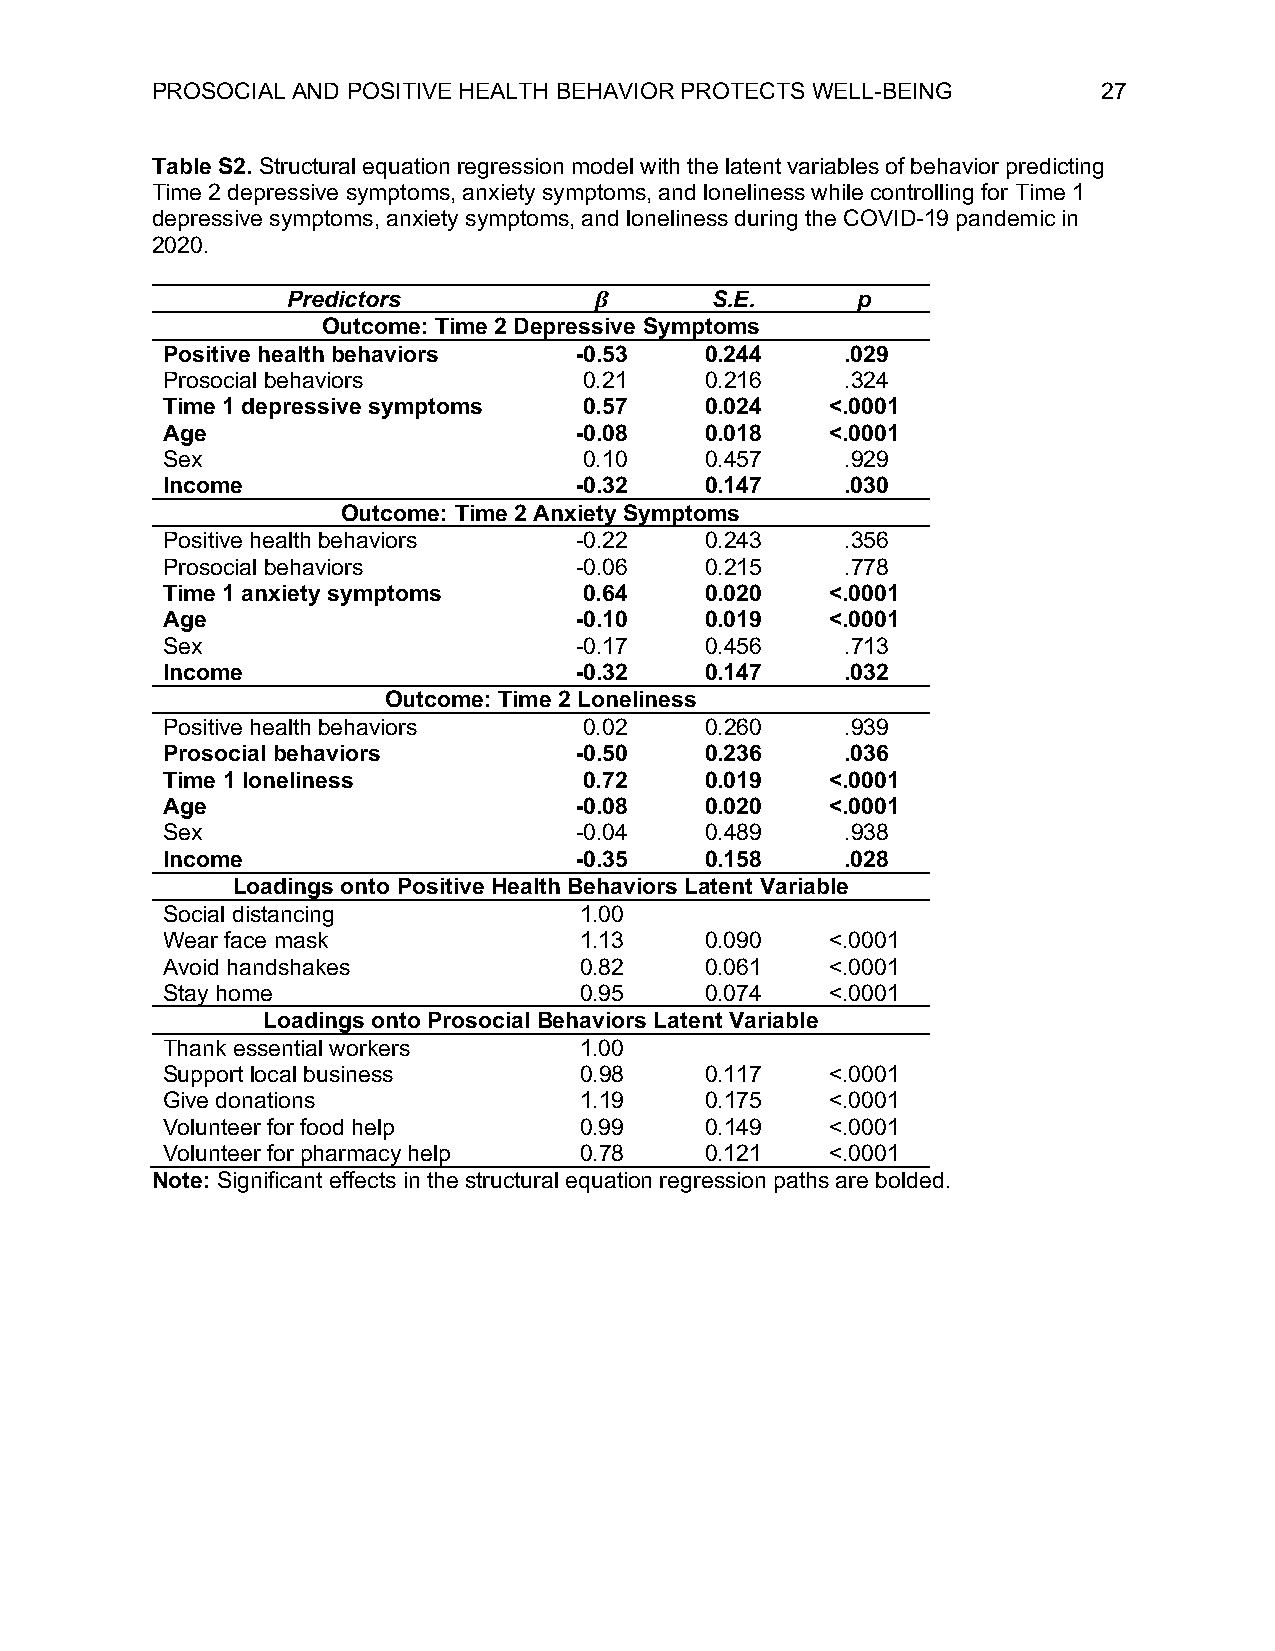
PROSOCIAL AND POSITIVE HEALTH BEHAVIOR PROTECTS WELL-BEING     27
 Table S2. Structural equation regression model with the latent variables of behavior predicting
 Time 2 depressive symptoms, anxiety symptoms, and loneliness while controlling for Time 1
 depressive symptoms, anxiety symptoms, and loneliness during the COVID-19 pandemic in
 2020.
 Predictors          𝜷       S.E.      p
 Outcome: Time 2 Depressive Symptoms
 Positive health behaviors  -0.53    0.244    .029
 Prosocial behaviors         0.21    0.216    .324
 Time 1 depressive symptoms  0.57    0.024   <.0001
 Age                        -0.08    0.018   <.0001
 Sex                         0.10    0.457    .929
 Income                     -0.32    0.147    .030
 Outcome: Time 2 Anxiety Symptoms
 Positive health behaviors  -0.22    0.243    .356
 Prosocial behaviors        -0.06    0.215    .778
 Time 1 anxiety symptoms     0.64    0.020   <.0001
 Age                        -0.10    0.019   <.0001
 Sex                        -0.17    0.456    .713
 Income                     -0.32    0.147    .032
 Outcome: Time 2 Loneliness
 Positive health behaviors   0.02    0.260    .939
 Prosocial behaviors        -0.50    0.236    .036
 Time 1 loneliness           0.72    0.019   <.0001
 Age                        -0.08    0.020   <.0001
 Sex                        -0.04    0.489    .938
 Income                     -0.35    0.158    .028
 Loadings onto Positive Health Behaviors Latent Variable
 Social distancing          1.00
 Wear face mask             1.13     0.090   <.0001
 Avoid handshakes           0.82     0.061   <.0001
 Stay home                  0.95     0.074   <.0001
 Loadings onto Prosocial Behaviors Latent Variable
 Thank essential workers    1.00
 Support local business     0.98     0.117   <.0001
 Give donations             1.19     0.175   <.0001
 Volunteer for food help    0.99     0.149   <.0001
 Volunteer for pharmacy help 0.78    0.121   <.0001
 Note: Significant effects in the structural equation regression paths are bolded.